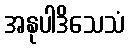
အနုပါဒိသေသံ